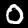
Digit: 0